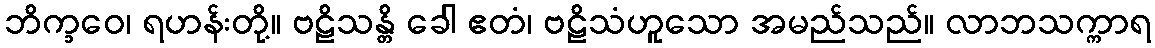
ဘိက္ခဝေ၊ ရဟန်းတို့။ ဗဠိသန္တိ ခေါ ဧတံ၊ ဗဠိသံဟူသော အမည်သည်။ လာဘသက္ကာရ